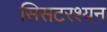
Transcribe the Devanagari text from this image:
सिसटरश्यन